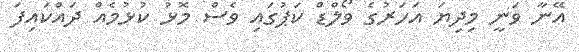
އޭނާ ވަނީ މިދިޔަ އަހަރުގެ ވޯލްޑް ކަޕުގައި ވެސް މޮޅު ކުޅުމެއް ދައްކައިފަ